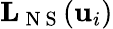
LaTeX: \mathbf{L}_{\mathrm{~N~S~}}(\mathbf{u}_{i})